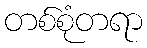
တစ်စုံတရာ